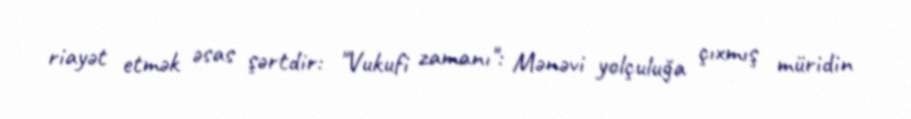
riayət etmək əsas şərtdir: "Vukufi zamanı": Mənəvi yolçuluğa çıxmış müridin